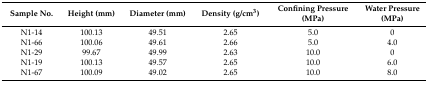
| Sample No. | Height (mm) | Diameter (mm) | Density (g/cm3) | Confining Pressure (MPa) | Water Pressure (MPa) |
 | --- | --- | --- | --- | --- | --- |
 | N1-14 | 100.13 | 49.51 | 2.65 | 5.0 | 0 |
 | N1-66 | 100.06 | 49.61 | 2.66 | 5.0 | 4.0 |
 | N1-29 | 99.67 | 49.99 | 2.63 | 10.0 | 0 |
 | N1-19 | 100.13 | 49.57 | 2.65 | 10.0 | 6.0 |
 | N1-67 | 100.09 | 49.02 | 2.65 | 10.0 | 8.0 |